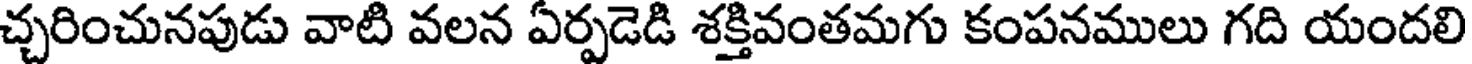
చ్చరించునపుడు వాటి వలన ఏర్పడెడి శక్తివంతమగు కంపనములు గది యందలి